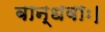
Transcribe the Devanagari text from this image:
बान्धवाः।